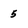
Character: 5